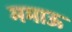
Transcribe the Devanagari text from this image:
ममाऊ